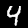
Label: 4